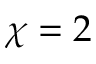
\chi = 2